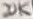
Text: 20K